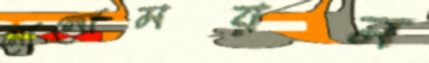
মোলোময়ন